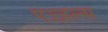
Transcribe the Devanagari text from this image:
पज्ज़ल्स